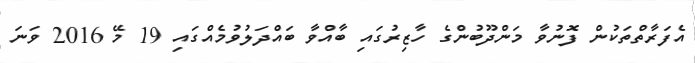
އެފަރާތްތަކުން ފޮނުވާ މަންދޫބުންގެ ހާޒިރުގައި ބާއްވާ ބައްދަލުވުމެއްގައި 19 މޭ 2016 ވަނަ